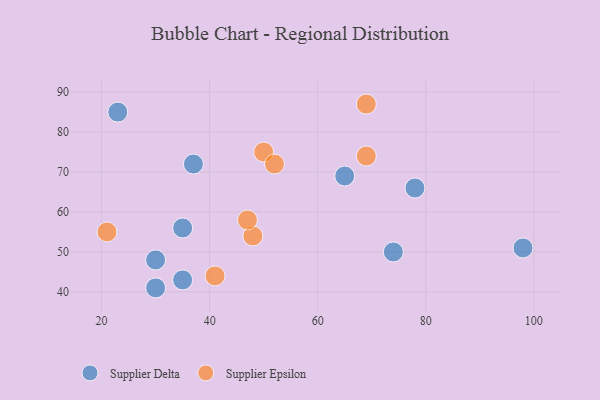
{"axis": {"x": "GDP", "y": "Life Expectancy"}, "legend": ["Supplier Delta", "Supplier Epsilon"], "data": [{"x": "78", "y": 66, "type": "Supplier Delta"}, {"x": "98", "y": 51, "type": "Supplier Delta"}, {"x": "30", "y": 41, "type": "Supplier Delta"}, {"x": "35", "y": 43, "type": "Supplier Delta"}, {"x": "35", "y": 56, "type": "Supplier Delta"}, {"x": "65", "y": 69, "type": "Supplier Delta"}, {"x": "74", "y": 50, "type": "Supplier Delta"}, {"x": "23", "y": 85, "type": "Supplier Delta"}, {"x": "30", "y": 48, "type": "Supplier Delta"}, {"x": "37", "y": 72, "type": "Supplier Delta"}, {"x": "69", "y": 74, "type": "Supplier Epsilon"}, {"x": "41", "y": 44, "type": "Supplier Epsilon"}, {"x": "48", "y": 54, "type": "Supplier Epsilon"}, {"x": "47", "y": 58, "type": "Supplier Epsilon"}, {"x": "50", "y": 75, "type": "Supplier Epsilon"}, {"x": "69", "y": 87, "type": "Supplier Epsilon"}, {"x": "21", "y": 55, "type": "Supplier Epsilon"}, {"x": "52", "y": 72, "type": "Supplier Epsilon"}]}